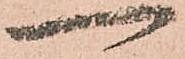
一